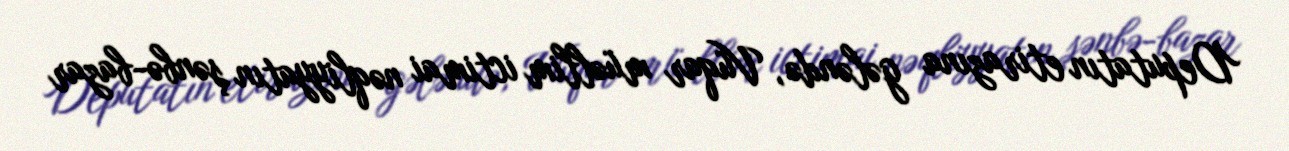
Deputatın etirazına gələndə, Vüqar müəllim ictimai nəqliyyatın şənbə-bazar